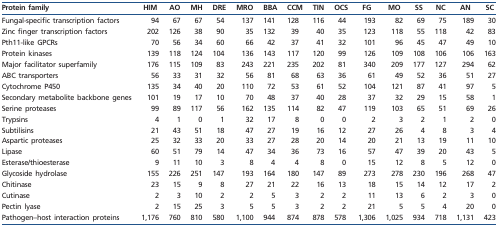
<table><thead><tr><td><b>Protein family</b></td><td><b>HIM</b></td><td><b>AO</b></td><td><b>MH</b></td><td><b>DRE</b></td><td><b>MRO</b></td><td><b>BBA</b></td><td><b>CCM</b></td><td><b>TIN</b></td><td><b>OCS</b></td><td><b>FG</b></td><td><b>MO</b></td><td><b>SS</b></td><td><b>NC</b></td><td><b>AN</b></td><td><b>SC</b></td></tr></thead><tbody><tr><td>Fungal-specific transcription factors</td><td>94</td><td>67</td><td>67</td><td>54</td><td>137</td><td>141</td><td>128</td><td>116</td><td>44</td><td>193</td><td>82</td><td>69</td><td>75</td><td>189</td><td>30</td></tr><tr><td>Zinc finger transcription factors</td><td>202</td><td>126</td><td>38</td><td>90</td><td>35</td><td>132</td><td>39</td><td>40</td><td>35</td><td>123</td><td>118</td><td>55</td><td>118</td><td>42</td><td>83</td></tr><tr><td>Pth11-like GPCRs</td><td>70</td><td>56</td><td>34</td><td>60</td><td>66</td><td>42</td><td>37</td><td>41</td><td>32</td><td>101</td><td>96</td><td>45</td><td>47</td><td>49</td><td>10</td></tr><tr><td>Protein kinases</td><td>139</td><td>118</td><td>124</td><td>104</td><td>136</td><td>143</td><td>117</td><td>120</td><td>99</td><td>126</td><td>109</td><td>108</td><td>106</td><td>106</td><td>163</td></tr><tr><td>Major facilitator superfamily</td><td>176</td><td>115</td><td>109</td><td>83</td><td>243</td><td>221</td><td>235</td><td>202</td><td>81</td><td>340</td><td>209</td><td>177</td><td>127</td><td>294</td><td>62</td></tr><tr><td>ABC transporters</td><td>56</td><td>33</td><td>31</td><td>32</td><td>56</td><td>81</td><td>68</td><td>63</td><td>36</td><td>61</td><td>49</td><td>52</td><td>36</td><td>51</td><td>27</td></tr><tr><td>Cytochrome P450</td><td>135</td><td>34</td><td>40</td><td>20</td><td>110</td><td>72</td><td>53</td><td>61</td><td>52</td><td>104</td><td>121</td><td>87</td><td>41</td><td>97</td><td>5</td></tr><tr><td>Secondary metabolite backbone genes</td><td>101</td><td>19</td><td>17</td><td>10</td><td>70</td><td>48</td><td>37</td><td>40</td><td>28</td><td>37</td><td>32</td><td>29</td><td>15</td><td>58</td><td>1</td></tr><tr><td>Serine proteases</td><td>99</td><td>89</td><td>117</td><td>56</td><td>162</td><td>135</td><td>114</td><td>82</td><td>47</td><td>119</td><td>103</td><td>65</td><td>51</td><td>69</td><td>26</td></tr><tr><td>Trypsins</td><td>4</td><td>1</td><td>0</td><td>1</td><td>32</td><td>17</td><td>8</td><td>0</td><td>0</td><td>2</td><td>3</td><td>2</td><td>1</td><td>2</td><td>0</td></tr><tr><td>Subtilisins</td><td>21</td><td>43</td><td>51</td><td>18</td><td>47</td><td>27</td><td>19</td><td>16</td><td>12</td><td>27</td><td>26</td><td>4</td><td>8</td><td>3</td><td>4</td></tr><tr><td>Aspartic proteases</td><td>25</td><td>32</td><td>33</td><td>20</td><td>33</td><td>27</td><td>28</td><td>20</td><td>14</td><td>20</td><td>21</td><td>13</td><td>19</td><td>11</td><td>10</td></tr><tr><td>Lipase</td><td>60</td><td>51</td><td>79</td><td>14</td><td>47</td><td>34</td><td>36</td><td>73</td><td>16</td><td>57</td><td>47</td><td>39</td><td>20</td><td>43</td><td>5</td></tr><tr><td>Esterase/thioesterase</td><td>9</td><td>11</td><td>10</td><td>3</td><td>8</td><td>4</td><td>4</td><td>8</td><td>0</td><td>15</td><td>12</td><td>8</td><td>5</td><td>12</td><td>0</td></tr><tr><td>Glycoside hydrolase</td><td>155</td><td>226</td><td>251</td><td>147</td><td>193</td><td>164</td><td>180</td><td>147</td><td>89</td><td>273</td><td>278</td><td>230</td><td>196</td><td>268</td><td>47</td></tr><tr><td>Chitinase</td><td>23</td><td>15</td><td>9</td><td>8</td><td>27</td><td>21</td><td>22</td><td>16</td><td>13</td><td>18</td><td>15</td><td>14</td><td>12</td><td>17</td><td>2</td></tr><tr><td>Cutinase</td><td>2</td><td>3</td><td>10</td><td>2</td><td>2</td><td>5</td><td>3</td><td>2</td><td>2</td><td>11</td><td>13</td><td>6</td><td>2</td><td>3</td><td>0</td></tr><tr><td>Pectin lyase</td><td>2</td><td>15</td><td>25</td><td>3</td><td>5</td><td>5</td><td>3</td><td>2</td><td>2</td><td>21</td><td>5</td><td>5</td><td>4</td><td>20</td><td>0</td></tr><tr><td>Pathogen–host interaction proteins</td><td>1,176</td><td>760</td><td>810</td><td>580</td><td>1,100</td><td>944</td><td>874</td><td>878</td><td>578</td><td>1,306</td><td>1,025</td><td>934</td><td>718</td><td>1,131</td><td>423</td></tr></tbody></table>